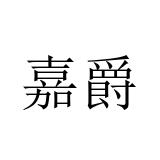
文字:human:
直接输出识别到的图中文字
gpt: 嘉爵